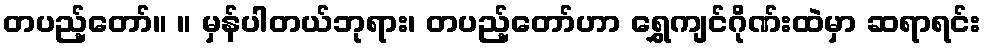
တပည့်တော်။ ။ မှန်ပါတယ်ဘုရား၊ တပည့်တော်ဟာ ရွှေကျင်ဂိုဏ်းထဲမှာ ဆရာရင်း